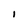
Character: I